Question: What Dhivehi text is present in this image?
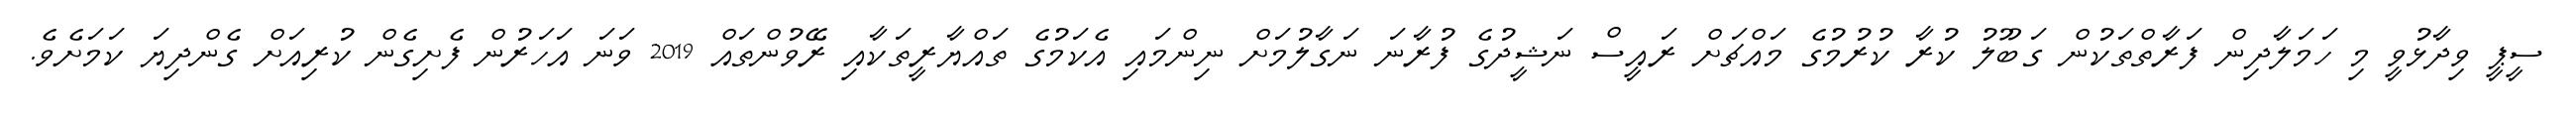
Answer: ސީޕީ ވިދާޅުވީ މި ހަމަލާދިން ފަރާތްތަކުން ގަބޫލު ކުރާ ކުރުމުގެ މައްޗަށް ރައީސް ނަޝީދުގެ ފުރާނަ ނަގާލުމަށް ނިންމައި އެކަމުގެ ތައްޔާރީތަކާއި ރޭވުންތައް 2019 ވަނަ އަހަރުން ފެށިގެން ކުރިއަށް ގެންދިޔަ ކަމަށެވެ.